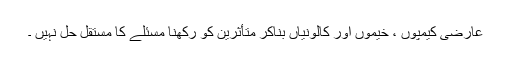
عارضی کیمپوں ، خیموں اور کالونیاں بناکر متأثرین کو رکھنا مسئلے کا مستقل حل نہیں ۔